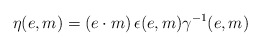
\begin{align*}\eta(e,m)=(e\cdot m)\,\epsilon(e,m)\gamma^{-1}(e,m)\end{align*}